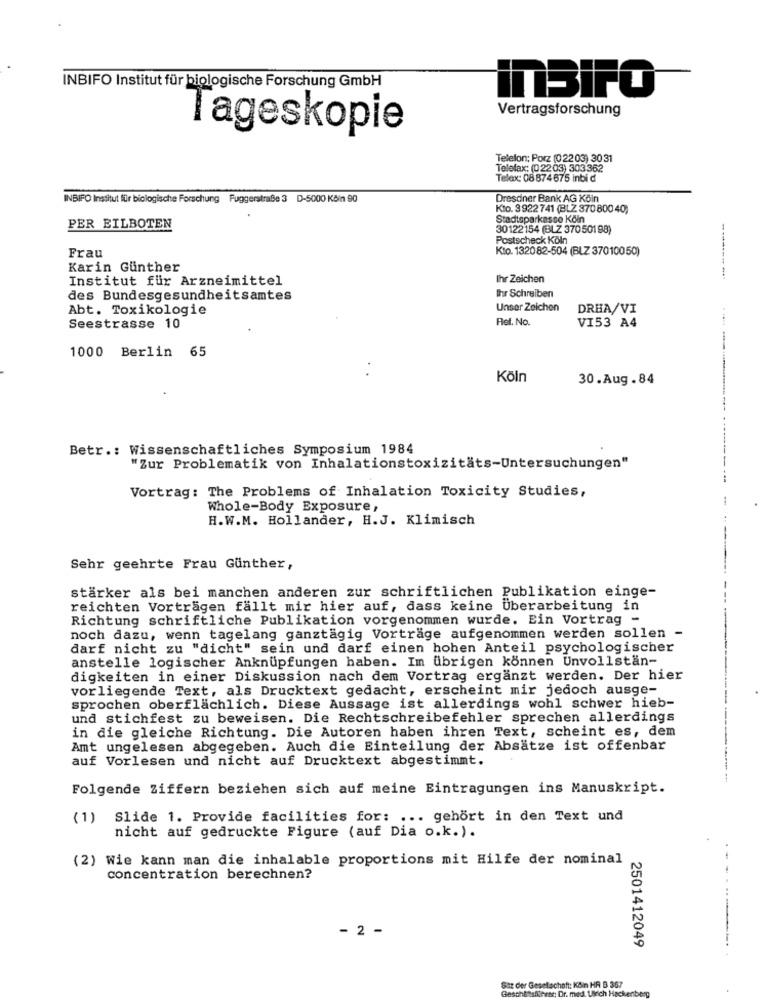
INBIFO Institut für biologische Forschung GmbH
inBiFO
Vertragsforschung
Tageskopie
Telefon: Porz (02203) 3031
Telefax: (02203) 303362
Telax: 08 874 675 inbi d
INBIFO Institut für biologische Forschung Fuggerstraße 3 D-5000 Köln 90
Dresdner Bank AG Köln
Kto. 3922 741 (BLZ 370800 40)
Stadtsparkasse Köln
PER EILBOTEN
30122154 (BLZ 37050198)
Postscheck Köln
Kio. 132082-504 (BLZ 37010050)
Frau
Karin Gunther
Institut für Arzneimittel
Ihr Zeichen
des Bundesgesundheitsamtes
Ihr Schreiben
Abt. Toxikologie
Unser Zeichen
DRHA/VI
Rel. No.
VI53 A4
Seestrasse 10
1000 Berlin 65
Köln
30.Aug.84
Betr .: Wissenschaftliches Symposium 1984
"Zur Problematik von Inhalationstoxizitäts-Untersuchungen"
Vortrag: The Problems of Inhalation Toxicity Studies,
Whole-Body Exposure ,
H.W.M. Hollander, H.J. Klimisch
Sehr geehrte Frau Günther,
stärker als bei manchen anderen zur schriftlichen Publikation einge-
reichten Vorträgen fällt mir hier auf, dass keine Überarbeitung in
Richtung schriftliche Publikation vorgenommen wurde. Ein Vortrag -
noch dazu, wenn tagelang ganztägig Vorträge aufgenommen werden sollen -
darf nicht zu "dicht" sein und darf einen hohen Anteil psychologischer
anstelle logischer Anknüpfungen haben. Im übrigen können Unvollstän-
digkeiten in einer Diskussion nach dem Vortrag ergänzt werden. Der hier
vorliegende Text, als Drucktext gedacht, erscheint mir jedoch ausge-
sprochen oberflächlich. Diese Aussage ist allerdings wohl schwer hieb-
und stichfest zu beweisen. Die Rechtschreibefehler sprechen allerdings
in die gleiche Richtung. Die Autoren haben ihren Text, scheint es, dem
Amt ungelesen abgegeben. Auch die Einteilung der Absätze ist offenbar
auf Vorlesen und nicht auf Drucktext abgestimmt.
Folgende Ziffern beziehen sich auf meine Eintragungen ins Manuskript.
(1)
Slide 1. Provide facilities for: ... gehört in den Text und
nicht auf gedruckte Figure (auf Dia o.k.).
(2) Wie kann man die inhalable proportions mit Hilfe der nominal
concentration berechnen?
- 2 -
-
2501412049
Gaz der Gesellschaft: KBin HR B 367
BeschEtshihre: Dr. med. Ulrich Hackenberg